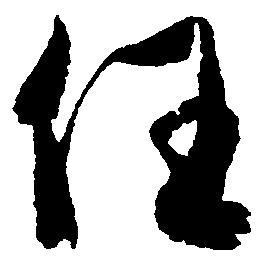
任